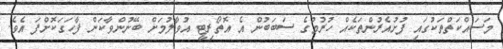
މަސައްކަތްތަކުގައި ފުށުއެރުންތަކެއް ހުރުމުގެ ސަބަބުން އެ އޮތޯރިޓީ އުވާލުމަށް ބޭނުންވާކަން ފާހަގަކޮށްފަ އެވެ.